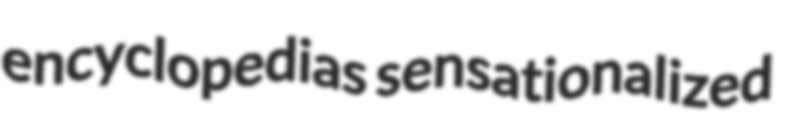
encyclopedias sensationalized